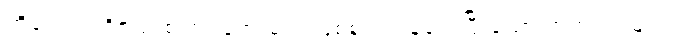
တိလောကဝိဇယ စကြဝတေးမင်း ဖြစ်စဉ် လွန်လေပြီးသော ဘုရားရှင်များ